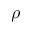
\rho